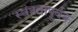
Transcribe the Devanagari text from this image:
स्वंत्रतापूर्वक